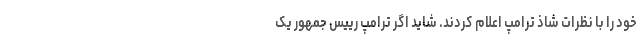
خود را با نظرات شاذ ترامپ اعلام کردند. شاید اگر ترامپ رییس جمهور یک